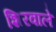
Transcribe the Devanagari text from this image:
शिरवाले